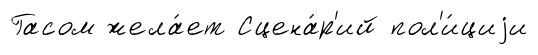
Гасом жела́ет Сцена́р'ий пол'и́циjи